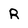
Character: R